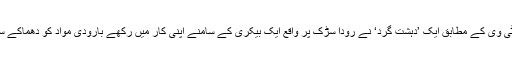
سرکاری ٹی وی کے مطابق ایک ’دہشت گرد‘ نے رودا سڑک پر واقع ایک بیکری کے سامنے اپنی کار میں رکھے بارودی مواد کو دھماکے سے اڑا دیا۔